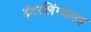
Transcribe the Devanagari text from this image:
इंटरलिंग्वासह